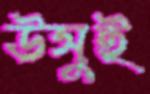
উসুই